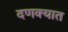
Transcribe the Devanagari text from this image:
दणक्यात